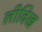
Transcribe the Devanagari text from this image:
लीविख